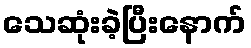
သေဆုံးခဲ့ပြီးနောက်